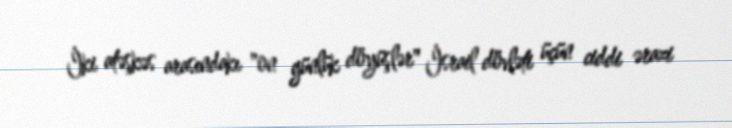
İki atəşkəs arasındakı "on günlük döyüşlər" İsrail dövləti üçün ciddi ərazi